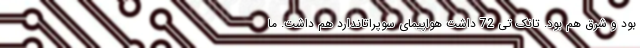
بود و شرق هم بود. تانک تی 72 داشت هواپیمای سوپراتاندارد هم داشت. ما